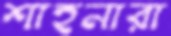
শাহনারা